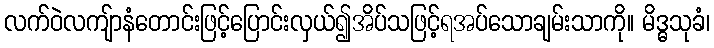
လက်ဝဲလကျ်ာနံတောင်းဖြင့်ပြောင်းလှယ်၍အိပ်သဖြင့်ရအပ်သောချမ်းသာကို။ မိဒ္ဓသုခံ၊